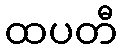
ထပတီ